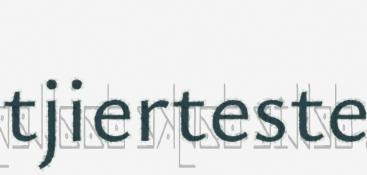
tjierteste